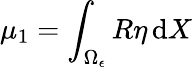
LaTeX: \mu_{1}=\int_{\Omega_{\epsilon}}R\eta\, \mathrm{d}X